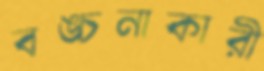
বঙ্চনাকারী